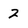
Character: 2